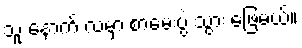
သူ နောက် လမှာ စာမေးပွဲ သွား ဖြေမယ်။